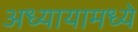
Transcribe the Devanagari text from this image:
अध्यायामध्ये